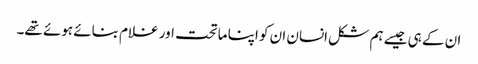
ان کے ہی جیسے ہم شکل انسان ان کو اپنا ماتحت اور غلام بنائے ہوئے تھے۔